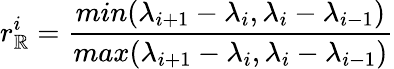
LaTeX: r_{\mathbb{R}}^{i}=\frac{min(\lambda_{i+1}-\lambda_{i},\lambda_{i}-\lambda_{i-1})}{max(\lambda_{i+1}-\lambda_{i},\lambda_{i}-\lambda_{i-1})}